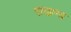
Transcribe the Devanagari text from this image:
राऊण्ड